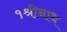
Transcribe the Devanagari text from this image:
१श्रीनाथ